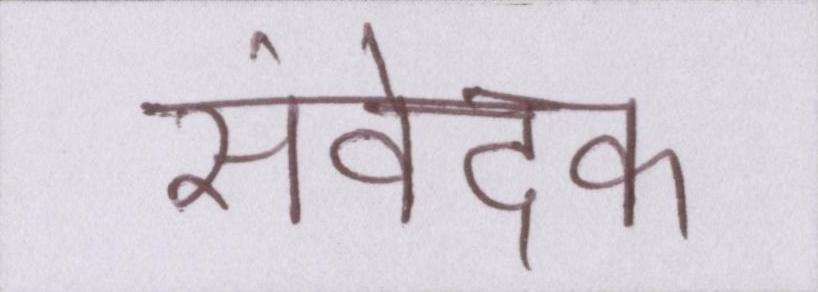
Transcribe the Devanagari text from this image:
संवेदक